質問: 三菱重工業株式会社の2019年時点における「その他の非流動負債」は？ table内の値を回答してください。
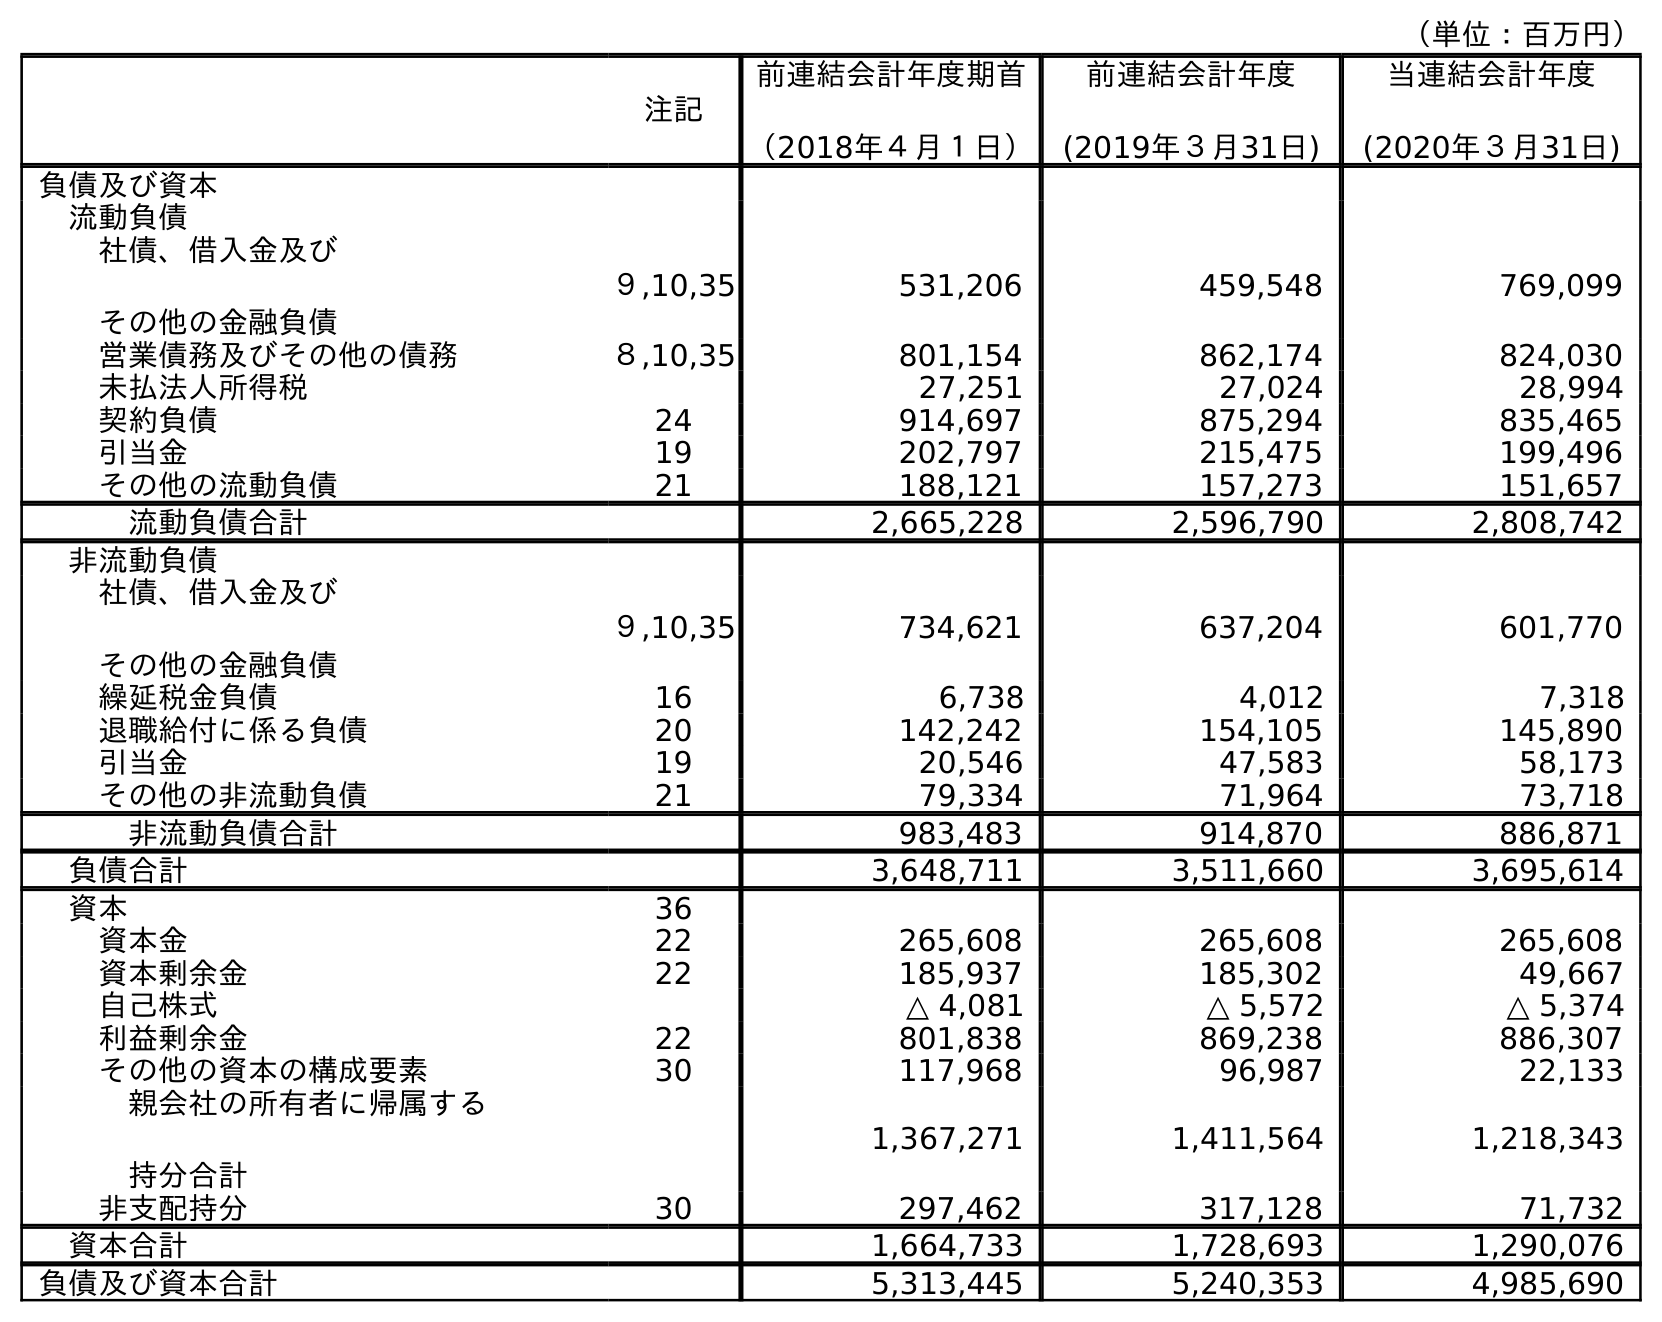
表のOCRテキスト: （単位：百万円） 注記 前連結会計年度期首 （2018年４月１日） 前連結会計年度 (2019年３月31日) 当連結会計年度 (2020年３月31日) 負債及び資本 流動負債 社債、借入金及び その他の金融負債 ９,10,35 531,206 459,548 769,099 営業債務及びその他の債務 ８,10,35 801,154 862,174 824,030 未払法人所得税 27,251 27,024 28,994 契約負債 24 914,697 875,294 835,465 引当金 19 202,797 215,475 199,496 その他の流動負債 21 188,121 157,273 151,657 流動負債合計 2,665,228 2,596,790 2,808,742 非流動負債 社債、借入金及び その他の金融負債 ９,10,35 734,621 637,204 601,770 繰延税金負債 16 6,738 4,012 7,318 退職給付に係る負債 20 142,242 154,105 145,890 引当金 19 20,546 47,583 58,173 その他の非流動負債 21 79,334 71,964 73,718 非流動負債合計 983,483 914,870 886,871 負債合計 3,648,711 3,511,660 3,695,614 資本 36 資本金 22 265,608 265,608 265,608 資本剰余金 22 185,937 185,302 49,667 自己株式 △ 4,081 △ 5,572 △ 5,374 利益剰余金 22 801,838 869,238 886,307 その他の資本の構成要素 30 117,968 96,987 22,133 親会社の所有者に帰属する 持分合計 1,367,271 1,411,564 1,218,343 非支配持分 30 297,462 317,128 71,732 資本合計 1,664,733 1,728,693 1,290,076 負債及び資本合計 5,313,445 5,240,353 4,985,690
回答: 71,964